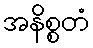
အနိစ္စတံ